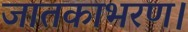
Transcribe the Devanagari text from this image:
जातकाभरण।